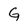
Character: G